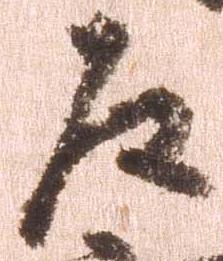
左